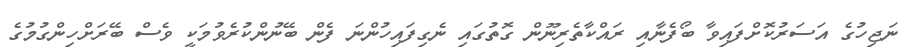
ނަޖިހުގެ އަސަރުކޮށްފައިވާ ބޯފެނާއި ރައްކާތެރިނޫން ގޮތުގައި ނެގިފައިހުންނަ ފެން ބޭނުންކުރެވުމަކީ ވެސް ބޭރަށްހިންގުމުގެ